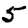
Digit: 5